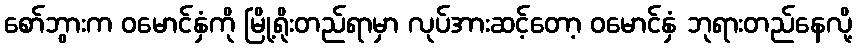
စော်ဘွားက ဝမောင်နှံကို မြို့ရိုးတည်ရာမှာ လုပ်အားဆင့်တော့ ဝမောင်နှံ ဘုရားတည်နေလို့